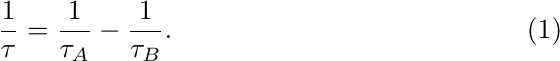
\begin{equation}\label{eq:tau}
\frac{1}{\tau}=\frac{1}{\tau_A} - \frac{1}{\tau_B}.
\end{equation}